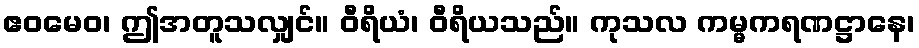
ဧဝမေဝ၊ ဤအတူသလျှင်။ ဝီရိယံ၊ ဝီရိယသည်။ ကုသလ ကမ္မကရဏဋ္ဌာနေ၊